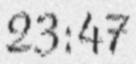
23:47